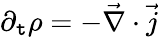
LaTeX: \partial_{\mathtt{t}}\rho=-{\vec{{\nabla}}}\cdot{\vec{{j}}}